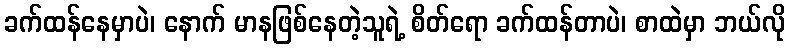
ခက်ထန်နေမှာပဲ၊ နောက် မာနဖြစ်နေတဲ့သူရဲ့ စိတ်ရော ခက်ထန်တာပဲ၊ စာထဲမှာ ဘယ်လို